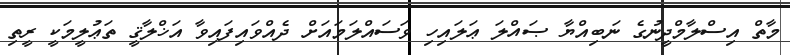
މާތް އިސްލާމްދީނުގެ ނަބިއްޔާ ޞައްލަ ޢަލައިހި ވަސައްލަމައަށް ދެއްވައިފައިވާ އަޚްލާޤީ ތަޢުލީމަކީ ރީތި